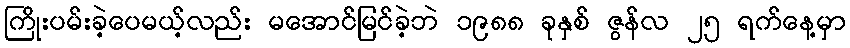
ကြိုးပမ်းခဲ့ပေမယ့်လည်း မအောင်မြင်ခဲ့ဘဲ ၁၉၈၈ ခုနှစ် ဇွန်လ ၂၅ ရက်နေ့မှာ